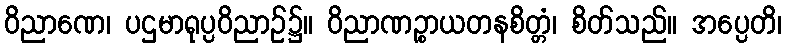
ဝိညာဏေ၊ ပဌမာရုပ္ပဝိညာဉ်၌။ ဝိညာဏဉ္စာယတနစိတ္တံ၊ စိတ်သည်။ အပ္ပေတိ၊